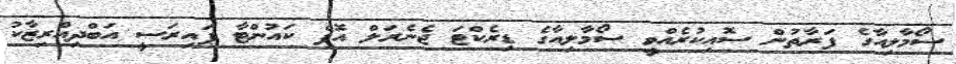
ސޯމާލިއާގެ ފަރާތުން ސޮއިކުރެއްވީ ސޯމާލިއާގެ ޑިރެކްޓަ ޖެނެރަލް އޮފް ކައުންޓާ ޕައިރަސީ އަބްދިއްރިޒާކު